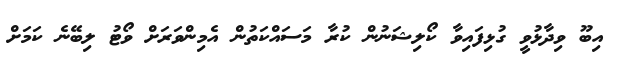
އިބޫ ވިދާޅުވީ ގުޅިފައިވާ ކޯލިޝަނުން ކުރާ މަސައްކަތުން އެމިންވަރަށް ވޯޓު ލިބޭނެ ކަމަށް